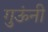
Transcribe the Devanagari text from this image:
गुऊंनी